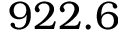
9 2 2 . 6